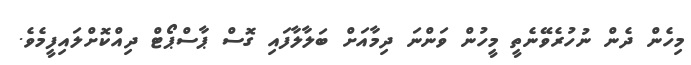
މިހެން ދެން ނުހުރެވޭނެތީ މީހުން ވަންނަ ދިމާއަށް ބަލާލާފައި ގޮސް ޕާސްޕޯޓް ދިއްކޮށްލައިފީމެވެ.